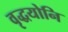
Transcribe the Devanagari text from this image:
वृद्धयोनि